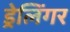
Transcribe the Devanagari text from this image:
ड्रेलिंगर